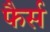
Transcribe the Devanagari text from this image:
फैर्स